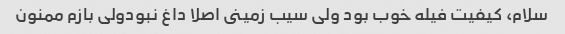
سلام، کیفیت فیله خوب بود ولى سیب زمینى اصلا داغ نبودولى بازم ممنون